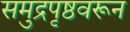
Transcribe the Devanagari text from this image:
समुद्रपृष्ठवरून